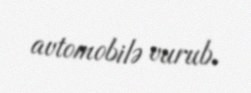
avtomobilə vurub.